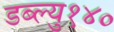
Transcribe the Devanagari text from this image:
डब्ल्यु१४०